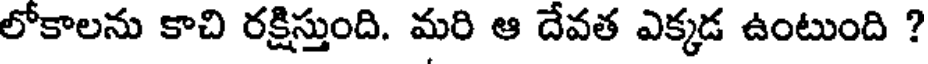
లోకాలను కాచి రక్షిస్తుంది. మరి ఆ దేవత ఎక్కడ ఉంటుంది ?